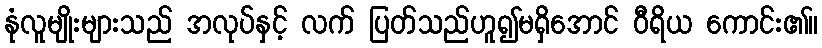
နုံလူမျိုးများသည် အလုပ်နှင့် လက် ပြတ်သည်ဟူ၍မရှိအောင် ဝီရိယ ကောင်း၏။